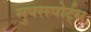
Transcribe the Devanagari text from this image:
सुपरस्पोर्ट्‌स